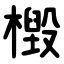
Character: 檓